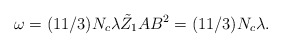
\begin{align*}\omega=(11/3)N_c \lambda \tilde{Z}_1 AB^2= (11/3)N_c \lambda .\end{align*}